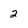
Character: 2